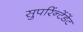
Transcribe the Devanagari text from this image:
सुपरिंन्टेंडेंट